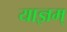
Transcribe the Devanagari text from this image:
याज्ञम्